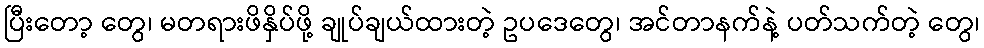
ပြီးတော့ တွေ၊ မတရားဖိနှိပ်ဖို့ ချုပ်ချယ်ထားတဲ့ ဥပဒေတွေ၊ အင်တာနက်နဲ့ ပတ်သက်တဲ့ တွေ၊